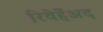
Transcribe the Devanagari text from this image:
रिवेर्हेअद